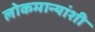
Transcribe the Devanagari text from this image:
लोकमान्यांशी